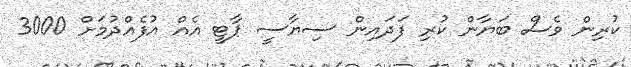
ކުރިން ވެސް ބަޔާން ކުރި ފަދައިން ސިޔާސީ ޕާޓީ އެއް އުފެއްދުމަށް 3000